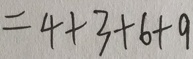
= 4 + 3 + 6 + 9